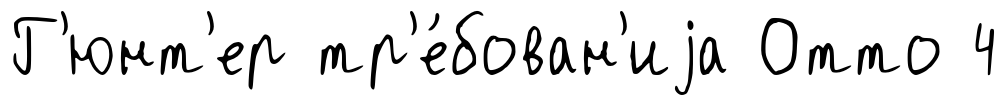
Г'юнт'ер тр'е́бован'иjа Отто 4